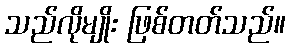
သည်လိုမျိုး ဖြစ်တတ်သည်။